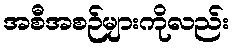
အစီအစဉ်များကိုလည်း